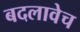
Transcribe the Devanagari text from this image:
बदलावेच